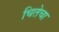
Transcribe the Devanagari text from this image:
चितेचा